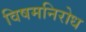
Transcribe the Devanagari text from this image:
विषमनिरोध